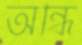
অন্ধি